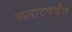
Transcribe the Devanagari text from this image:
ललाटपर्यंत